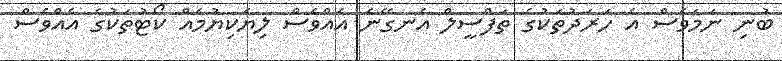
ބުނި ނަމަވެސް އެ ހަރަދުތަކުގެ ތަފްސީލް އެނގޭނެ އެއްވެސް ލިޔެކިޔުމެއް ކޯޓުތަކުގެ އެއްވެސް